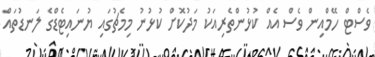
ވެސްޓް ހޭމްއިން ވެސް އެއް ކުޅުންތެރިއަކު މަދުކޮށް ކުޅުނު މިމެޗުގައި ޔުނައިޓެޑްގެ ލަނޑުތައް